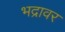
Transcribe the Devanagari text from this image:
भद्रावर